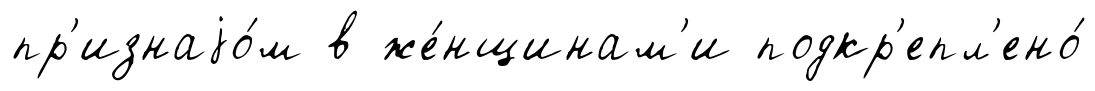
пр'изнаjо́м в же́нщинам'и подкр'епл'ено́